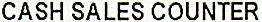
CASH SALES COUNTER